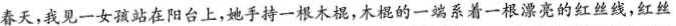
春天，我见一女孩站在阳台上，她手持一根木棍，木棍的一端系着一根漂亮的红丝线，红丝